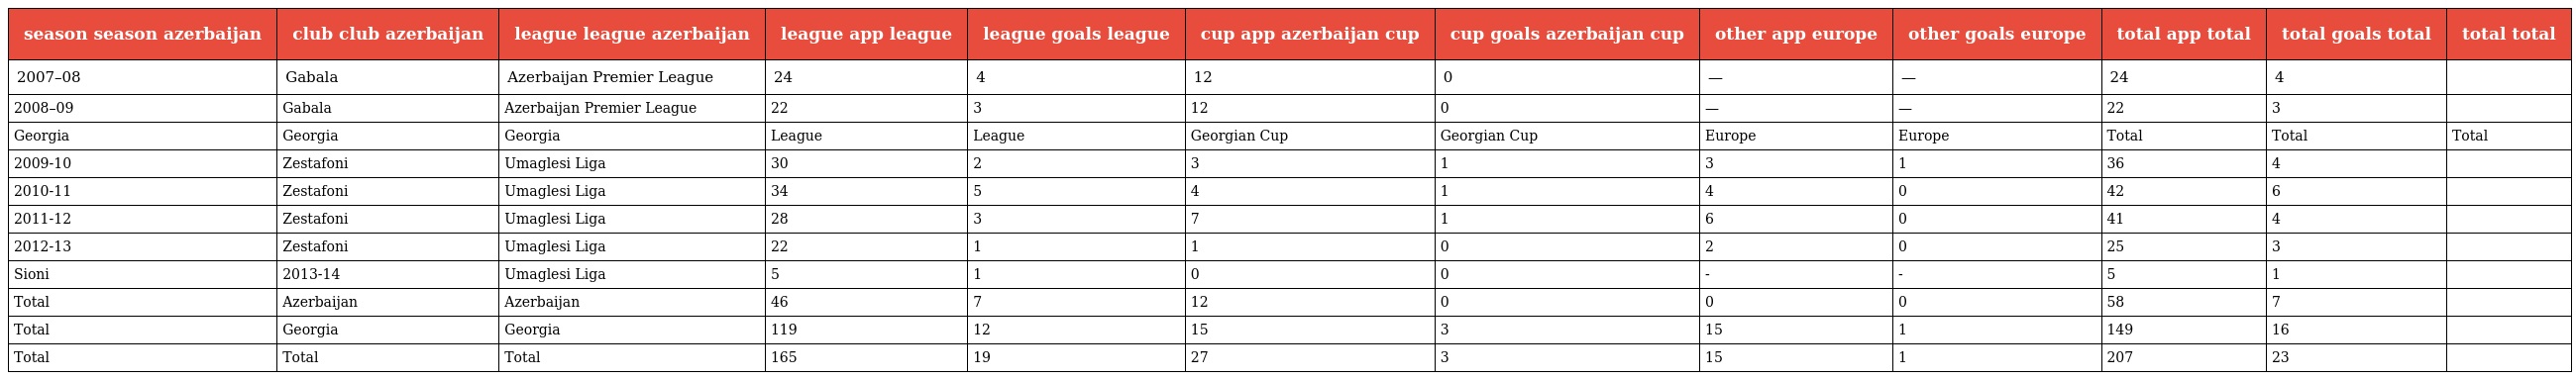
| season season azerbaijan | club club azerbaijan | league league azerbaijan | league app league | league goals league | cup app azerbaijan cup | cup goals azerbaijan cup | other app europe | other goals europe | total app total | total goals total | total  total |
 | --- | --- | --- | --- | --- | --- | --- | --- | --- | --- | --- | --- |
 | 2007–08 | Gabala | Azerbaijan Premier League | 24 | 4 | 12 | 0 | — | — | 24 | 4 |  |
 | 2008–09 | Gabala | Azerbaijan Premier League | 22 | 3 | 12 | 0 | — | — | 22 | 3 |  |
 | Georgia | Georgia | Georgia | League | League | Georgian Cup | Georgian Cup | Europe | Europe | Total | Total | Total |
 | 2009-10 | Zestafoni | Umaglesi Liga | 30 | 2 | 3 | 1 | 3 | 1 | 36 | 4 |  |
 | 2010-11 | Zestafoni | Umaglesi Liga | 34 | 5 | 4 | 1 | 4 | 0 | 42 | 6 |  |
 | 2011-12 | Zestafoni | Umaglesi Liga | 28 | 3 | 7 | 1 | 6 | 0 | 41 | 4 |  |
 | 2012-13 | Zestafoni | Umaglesi Liga | 22 | 1 | 1 | 0 | 2 | 0 | 25 | 3 |  |
 | Sioni | 2013-14 | Umaglesi Liga | 5 | 1 | 0 | 0 | - | - | 5 | 1 |  |
 | Total | Azerbaijan | Azerbaijan | 46 | 7 | 12 | 0 | 0 | 0 | 58 | 7 |  |
 | Total | Georgia | Georgia | 119 | 12 | 15 | 3 | 15 | 1 | 149 | 16 |  |
 | Total | Total | Total | 165 | 19 | 27 | 3 | 15 | 1 | 207 | 23 |  |